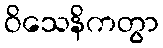
ဝိသေနိကတွာ